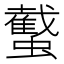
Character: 䘁